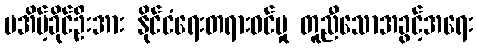
မအိမ့်ခိုင်ဦးအား နိုင်ငံရေးတရားဝင်မှု တူညီသောအခွင့်အရေး